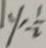
y = \frac { 1 } { 2 }